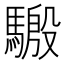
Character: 𱄬